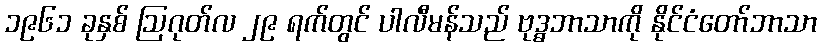
၁၉၆၁ ခုနှစ် ဩဂုတ်လ ၂၉ ရက်တွင် ပါလီမန်သည် ဗုဒ္ဓဘာသာကို နိုင်ငံတော်ဘာသာ